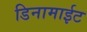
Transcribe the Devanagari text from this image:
डिनामाईट